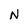
Character: N